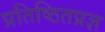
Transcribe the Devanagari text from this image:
प्रतिष्ठितप्रज्ञ